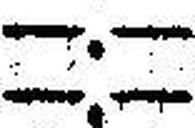
—.—